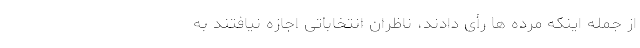
از جمله اینکه مرده ها رأی دادند، ناظران انتخاباتی اجازه نیافتند به